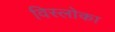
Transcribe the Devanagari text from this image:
विस्लोका